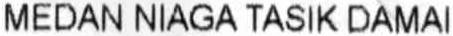
MEDAN NIAGA TASIK DAMAI